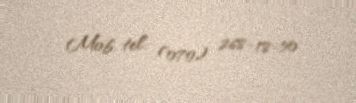
Mob. tel: (070) 268-18-50